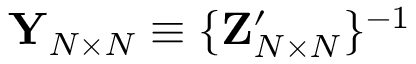
{ \mathbf { Y } } _ { N \times N } \equiv \{ { \bf Z } _ { N \times N } ^ { \prime } \} ^ { - 1 }